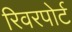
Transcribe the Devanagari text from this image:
रिवरपोर्ट